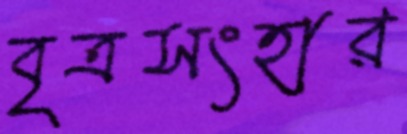
বৃত্রসংহার